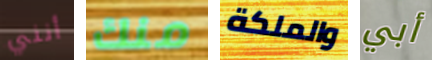
أنني منك والملكة أبي